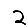
Digit: 2